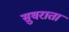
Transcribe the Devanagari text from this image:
सुवराता